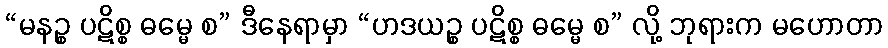
“မနဉ္စ ပဋိစ္စ ဓမ္မေ စ” ဒီနေရာမှာ “ဟဒယဉ္စ ပဋိစ္စ ဓမ္မေ စ” လို့ ဘုရားက မဟောတာ